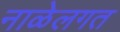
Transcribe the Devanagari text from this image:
नाळेलगत